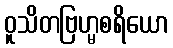
ဝူသိတဗြဟ္မစရိယော